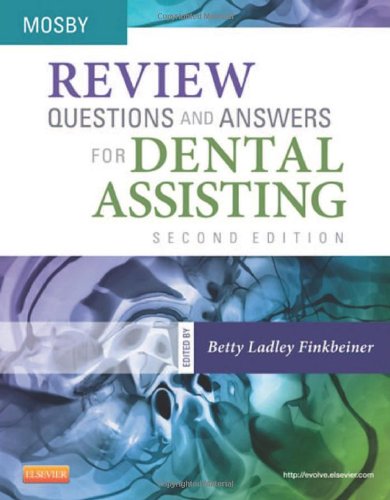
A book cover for Review Questions and Answers for Dental Assisting, 2e; Mosby; Medical Books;